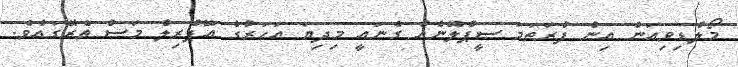
މޯލްޑިވިއަން އިން ފުރަތަމަ ސީޕްލޭނެއް ގެނައީ މިދިޔަ އަހަރުގެ އޭޕްރިލް މަސް ތެރޭގައެވެ.